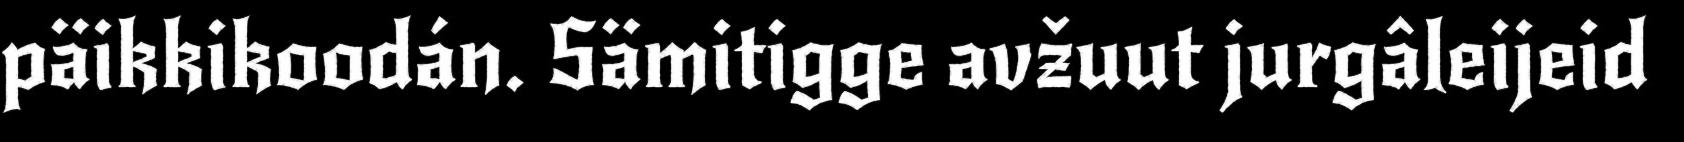
päikkikoodán. Sämitigge avžuut jurgâleijeid